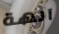
آلهة